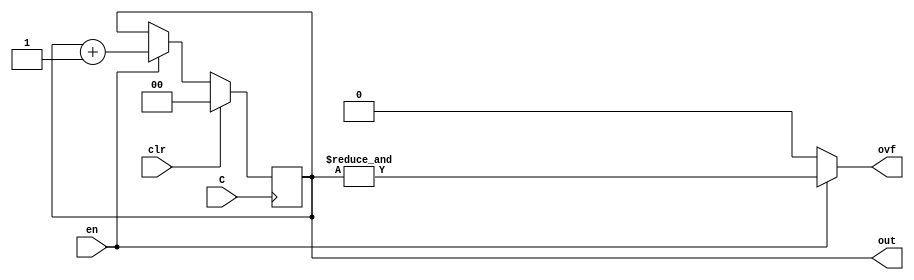
/*
 * Generated by Digital. Don't modify this file!
 * Any changes will be lost if this file is regenerated.
 */

module DIG_Counter_Nbit
#(
    parameter Bits = 2
)
(
    output [(Bits-1):0] out,
    output ovf,
    input C,
    input en,
    input clr
);
    reg [(Bits-1):0] count;

    always @ (posedge C) begin
        if (clr)
          count <= 'h0;
        else if (en)
          count <= count + 1'b1;
    end

    assign out = count;
    assign ovf = en? &count : 1'b0;

    initial begin
        count = 'h0;
    end
endmodule


// Compara dois nmeros de 12 bits e indica se so iguais
module compara (
  input [11:0] A,
  input [11:0] B,
  output \= 
);
  wire [11:0] s0;
  wire [5:0] s1;
  wire [5:0] s2;
  assign s0 = (A ^ B);
  assign s1 = s0[5:0];
  assign s2 = s0[11:6];
  assign \=  = ~ (s1[0] | s1[1] | s1[2] | s1[3] | s1[4] | s1[5] | s2[0] | s2[1] | s2[2] | s2[3] | s2[4] | s2[5]);
endmodule

module DIG_Register
(
    input C,
    input en,
    input D,
    output Q
);

    reg  state = 'h0;

    assign Q = state;

    always @ (posedge C) begin
        if (en)
            state <= D;
   end
endmodule

// Este bloco gera uma contagem e dois sinais auxiliares que dividem
// a contagem em 4 regioes. O que esta sendo contado eh controlado por
// um sinal "conta" que pode ficar sempre em 1 se for desejado contar
// diretamente ciclos de relogio.
// 
// mostra:  ----------------------------------______________________---
// sinc:    _________________________________________----------________
//       4  |             1                  |  2    |    3    | 4  |  1
// 
// 1) ATIVO
// 2) PRESINC
// 3) LARGURASINC
// 4) POSSINC
// 
// A contagem comeca em zero no  inicio da regiao ativa e deve ser menor
// que o valor maximo do contador (4095 com 12 bits) ateh o fim da regiao 4
module temporiza (
  input relogio,
  input conta,
  input inicializa,
  input [11:0] upix, // indica que este  o ltimo pixel visivel ou
                     // a ltima linha visvel
  input [11:0] inisinc, // indica que o pulso de sincronizao deve iniciar
  input [11:0] fimsinc, // indica que o pulso de sincronizao deve terminar
  input [11:0] fimcont, // inidica que este  a ltima contagem antes de voltar para zero
  output [11:0] contagem,
  output fim,
  output mostra,
  output sinc
);
  wire [11:0] contagem_temp;
  wire fim_temp;
  wire s0;
  wire s1;
  wire s2;
  wire s3;
  wire s4;
  wire s5;
  DIG_Counter_Nbit #(
    .Bits(12)
  )
  DIG_Counter_Nbit_i0 (
    .en( conta ),
    .C( relogio ),
    .clr( s0 ),
    .out( contagem_temp )
  );
  compara compara_i1 (
    .A( contagem_temp ),
    .B( upix ),
    .\= ( s1 )
  );
  compara compara_i2 (
    .A( contagem_temp ),
    .B( inisinc ),
    .\= ( s2 )
  );
  compara compara_i3 (
    .A( contagem_temp ),
    .B( fimsinc ),
    .\= ( s3 )
  );
  compara compara_i4 (
    .A( contagem_temp ),
    .B( fimcont ),
    .\= ( fim_temp )
  );
  assign s0 = ((fim_temp & conta) | inicializa);
  DIG_Register DIG_Register_i5 (
    .D( fim_temp ),
    .C( relogio ),
    .en( s4 ),
    .Q( mostra )
  );
  DIG_Register DIG_Register_i6 (
    .D( s2 ),
    .C( relogio ),
    .en( s5 ),
    .Q( sinc )
  );
  assign s4 = (s1 | fim_temp);
  assign s5 = (s2 | s3);
  assign contagem = contagem_temp;
  assign fim = fim_temp;
endmodule
module DIG_D_FF_1bit
#(
    parameter Default = 0
)
(
   input D,
   input C,
   output Q,
   output \~Q
);
    reg state;

    assign Q = state;
    assign \~Q = ~state;

    always @ (posedge C) begin
        state <= D;
    end

    initial begin
        state = Default;
    end
endmodule


module DIG_Register_BUS #(
    parameter Bits = 1
)
(
    input C,
    input en,
    input [(Bits - 1):0]D,
    output [(Bits - 1):0]Q
);

    reg [(Bits - 1):0] state = 'h0;

    assign Q = state;

    always @ (posedge C) begin
        if (en)
            state <= D;
   end
endmodule

module CompUnsigned #(
    parameter Bits = 1
)
(
    input [(Bits -1):0] a,
    input [(Bits -1):0] b,
    output \> ,
    output \= ,
    output \<
);
    assign \> = a > b;
    assign \= = a == b;
    assign \< = a < b;
endmodule

module DIG_Add
#(
    parameter Bits = 1
)
(
    input [(Bits-1):0] a,
    input [(Bits-1):0] b,
    input c_i,
    output [(Bits - 1):0] s,
    output c_o
);
   wire [Bits:0] temp;

   assign temp = a + b + c_i;
   assign s = temp [(Bits-1):0];
   assign c_o = temp[Bits];
endmodule



module DIG_Sub #(
    parameter Bits = 2
)
(
    input [(Bits-1):0] a,
    input [(Bits-1):0] b,
    input c_i,
    output [(Bits-1):0] s,
    output c_o
);
    wire [Bits:0] temp;

    assign temp = a - b - c_i;
    assign s = temp[(Bits-1):0];
    assign c_o = temp[Bits];
endmodule


module Mux_4x1_NBits #(
    parameter Bits = 2
)
(
    input [1:0] sel,
    input [(Bits - 1):0] in_0,
    input [(Bits - 1):0] in_1,
    input [(Bits - 1):0] in_2,
    input [(Bits - 1):0] in_3,
    output reg [(Bits - 1):0] out
);
    always @ (*) begin
        case (sel)
            2'h0: out = in_0;
            2'h1: out = in_1;
            2'h2: out = in_2;
            2'h3: out = in_3;
            default:
                out = 'h0;
        endcase
    end
endmodule


module raquete (
  input relogio,
  input inicializa,
  input move,
  input sobe,
  input desce,
  output [11:0] y
);
  wire [11:0] y_temp;
  wire [11:0] s0;
  wire s1;
  wire s2;
  wire s3;
  wire [1:0] s4;
  wire [11:0] s5;
  wire [11:0] s6;
  assign s1 = (inicializa | move);
  // posicao
  DIG_Register_BUS #(
    .Bits(12)
  )
  DIG_Register_BUS_i0 (
    .D( s0 ),
    .C( relogio ),
    .en( s1 ),
    .Q( y_temp )
  );
  assign s4[0] = (inicializa | (sobe & s2));
  assign s4[1] = (inicializa | (desce & s3));
  CompUnsigned #(
    .Bits(12)
  )
  CompUnsigned_i1 (
    .a( y_temp ),
    .b( 12'b101000 ),
    .\> ( s2 )
  );
  CompUnsigned #(
    .Bits(12)
  )
  CompUnsigned_i2 (
    .a( y_temp ),
    .b( 12'b110111000 ),
    .\< ( s3 )
  );
  DIG_Add #(
    .Bits(12)
  )
  DIG_Add_i3 (
    .a( y_temp ),
    .b( 12'b10 ),
    .c_i( 1'b0 ),
    .s( s6 )
  );
  DIG_Sub #(
    .Bits(12)
  )
  DIG_Sub_i4 (
    .a( y_temp ),
    .b( 12'b10 ),
    .c_i( 1'b0 ),
    .s( s5 )
  );
  Mux_4x1_NBits #(
    .Bits(12)
  )
  Mux_4x1_NBits_i5 (
    .sel( s4 ),
    .in_0( y_temp ),
    .in_1( s5 ),
    .in_2( s6 ),
    .in_3( 12'b11110000 ),
    .out( s0 )
  );
  assign y = y_temp;
endmodule

// Flip flop mais bsico, que pode ligar ou desligar a sada
module ffsr (
  input S, // liga Q
  input R, // desliga Q
  output Q,
  output \~Q 
);
  wire Q_temp;
  wire \~Q_temp ;
  assign Q_temp = ~ (R | \~Q_temp );
  assign \~Q_temp  = ~ (Q_temp | S);
  assign Q = Q_temp;
  assign \~Q  = \~Q_temp ;
endmodule

module placar (
  input relogio,
  input inicializa,
  input conta,
  output [3:0] digito1,
  output [3:0] digito10
);
  wire [3:0] digito1_temp;
  wire s0;
  DIG_Counter_Nbit #(
    .Bits(4)
  )
  DIG_Counter_Nbit_i0 (
    .en( s0 ),
    .C( relogio ),
    .clr( inicializa ),
    .out( digito10 )
  );
  DIG_Counter_Nbit #(
    .Bits(4)
  )
  DIG_Counter_Nbit_i1 (
    .en( conta ),
    .C( relogio ),
    .clr( s0 ),
    .out( digito1_temp )
  );
  assign s0 = (digito1_temp[0] & ~ digito1_temp[1] & ~ digito1_temp[2] & digito1_temp[3] & conta);
  assign digito1 = digito1_temp;
endmodule

module Mux_2x1_NBits #(
    parameter Bits = 2
)
(
    input [0:0] sel,
    input [(Bits - 1):0] in_0,
    input [(Bits - 1):0] in_1,
    output reg [(Bits - 1):0] out
);
    always @ (*) begin
        case (sel)
            1'h0: out = in_0;
            1'h1: out = in_1;
            default:
                out = 'h0;
        endcase
    end
endmodule


module DIG_Neg #(
    parameter Bits = 1
)
(
      input signed [(Bits-1):0] in,
      output signed [(Bits-1):0] out
);
    assign out = -in;
endmodule


module bola1d (
  input relogio,
  input inicializa,
  input move,
  input [11:0] centro,
  input volta,
  input reflete,
  input sobe,
  input desce,
  output [11:0] posicao,
  output dir
);
  wire [11:0] posicao_temp;
  wire [11:0] s0;
  wire s1;
  wire [11:0] s2;
  wire [11:0] s3;
  wire [11:0] s4;
  wire [11:0] s5;
  wire [1:0] s6;
  wire [11:0] s7;
  wire [11:0] s8;
  wire s9;
  wire [11:0] s10;
  assign s1 = (inicializa | move);
  assign s9 = (volta | inicializa);
  assign s6[0] = (desce | s9);
  assign s6[1] = (sobe | s9);
  // posicao
  DIG_Register_BUS #(
    .Bits(12)
  )
  DIG_Register_BUS_i0 (
    .D( s0 ),
    .C( relogio ),
    .en( s1 ),
    .Q( posicao_temp )
  );
  // velocidade
  DIG_Register_BUS #(
    .Bits(12)
  )
  DIG_Register_BUS_i1 (
    .D( s2 ),
    .C( relogio ),
    .en( s1 ),
    .Q( s3 )
  );
  Mux_2x1_NBits #(
    .Bits(12)
  )
  Mux_2x1_NBits_i2 (
    .sel( reflete ),
    .in_0( s3 ),
    .in_1( s4 ),
    .out( s5 )
  );
  Mux_4x1_NBits #(
    .Bits(12)
  )
  Mux_4x1_NBits_i3 (
    .sel( s6 ),
    .in_0( s5 ),
    .in_1( s7 ),
    .in_2( s8 ),
    .in_3( 12'b111111111111 ),
    .out( s2 )
  );
  Mux_2x1_NBits #(
    .Bits(12)
  )
  Mux_2x1_NBits_i4 (
    .sel( s9 ),
    .in_0( s10 ),
    .in_1( centro ),
    .out( s0 )
  );
  DIG_Neg #(
    .Bits(12)
  )
  DIG_Neg_i5 (
    .in( s3 ),
    .out( s4 )
  );
  DIG_Add #(
    .Bits(12)
  )
  DIG_Add_i6 (
    .a( s5 ),
    .b( 12'b1 ),
    .c_i( 1'b0 ),
    .s( s7 )
  );
  DIG_Sub #(
    .Bits(12)
  )
  DIG_Sub_i7 (
    .a( s5 ),
    .b( 12'b1 ),
    .c_i( 1'b0 ),
    .s( s8 )
  );
  DIG_Add #(
    .Bits(12)
  )
  DIG_Add_i8 (
    .a( posicao_temp ),
    .b( s2 ),
    .c_i( 1'b0 ),
    .s( s10 )
  );
  assign dir = s3[11];
  assign posicao = posicao_temp;
endmodule

// Todo o estado que representa o jogo (placares, posicoes dos jogadores
// e posicao da bola) eh modificado neste bloco de acordo com os
// sinais vindo da entrada. Este pode ser um circuito muito lento jah
// que nao adianta modificar o estado mais que uma vez por imagem de
// video, que eh atualizado umas 60 vezes por segundo
module jogo (
  input relogio,
  input inicializa,
  input vs,
  input sobe1,
  input desce1,
  input sobe2,
  input desce2,
  input colj1,
  input colj2,
  output [11:0] bolax,
  output [11:0] bolay,
  output [11:0] j1y,
  output [11:0] j2y,
  output [3:0] digito1,
  output [3:0] digito10,
  output [3:0] digito2,
  output [3:0] digito20
);
  wire [11:0] bolax_temp;
  wire [11:0] bolay_temp;
  wire s0;
  wire s1;
  wire s2;
  wire s3;
  wire s4;
  wire s5;
  wire s6;
  wire s7;
  wire rebate;
  wire xdir;
  wire s8;
  wire s9;
  wire s10;
  wire s11;
  wire s12;
  wire s13;
  wire s14;
  DIG_D_FF_1bit #(
    .Default(0)
  )
  DIG_D_FF_1bit_i0 (
    .D( vs ),
    .C( relogio ),
    .\~Q ( s0 )
  );
  assign s1 = (vs & s0);
  assign s8 = ~ (s0 | vs);
  raquete raquete_i1 (
    .relogio( relogio ),
    .inicializa( inicializa ),
    .move( s1 ),
    .sobe( sobe2 ),
    .desce( desce2 ),
    .y( j2y )
  );
  raquete raquete_i2 (
    .relogio( relogio ),
    .inicializa( inicializa ),
    .move( s1 ),
    .sobe( sobe1 ),
    .desce( desce1 ),
    .y( j1y )
  );
  ffsr ffsr_i3 (
    .S( colj1 ),
    .R( s8 ),
    .Q( s13 )
  );
  ffsr ffsr_i4 (
    .S( colj2 ),
    .R( s8 ),
    .Q( s14 )
  );
  placar placar_i5 (
    .relogio( relogio ),
    .inicializa( inicializa ),
    .conta( s2 ),
    .digito1( digito1 ),
    .digito10( digito10 )
  );
  placar placar_i6 (
    .relogio( relogio ),
    .inicializa( inicializa ),
    .conta( s3 ),
    .digito1( digito2 ),
    .digito10( digito20 )
  );
  // vertical
  bola1d bola1d_i7 (
    .relogio( relogio ),
    .inicializa( inicializa ),
    .move( s1 ),
    .centro( 12'b11110000 ),
    .volta( s4 ),
    .reflete( s5 ),
    .sobe( s6 ),
    .desce( s7 ),
    .posicao( bolay_temp )
  );
  // horizontal
  bola1d bola1d_i8 (
    .relogio( relogio ),
    .inicializa( inicializa ),
    .move( s1 ),
    .centro( 12'b101000000 ),
    .volta( s4 ),
    .reflete( rebate ),
    .sobe( 1'b0 ),
    .desce( 1'b0 ),
    .posicao( bolax_temp ),
    .dir( xdir )
  );
  assign rebate = ((s13 & xdir) | (s14 & ~ xdir));
  assign s2 = (s10 & s1);
  assign s3 = (s9 & s1);
  assign s7 = (rebate & ((s14 & desce2) | (s13 & desce1)));
  assign s6 = (rebate & ((s14 & sobe2) | (s13 & sobe1)));
  CompUnsigned #(
    .Bits(12)
  )
  CompUnsigned_i9 (
    .a( bolax_temp ),
    .b( 12'b1000 ),
    .\< ( s9 )
  );
  CompUnsigned #(
    .Bits(12)
  )
  CompUnsigned_i10 (
    .a( bolax_temp ),
    .b( 12'b1001111000 ),
    .\> ( s10 )
  );
  CompUnsigned #(
    .Bits(12)
  )
  CompUnsigned_i11 (
    .a( bolay_temp ),
    .b( 12'b1000 ),
    .\< ( s11 )
  );
  CompUnsigned #(
    .Bits(12)
  )
  CompUnsigned_i12 (
    .a( bolay_temp ),
    .b( 12'b111011000 ),
    .\> ( s12 )
  );
  assign s5 = (s11 | s12);
  assign s4 = (s9 | s10);
  assign bolax = bolax_temp;
  assign bolay = bolay_temp;
endmodule
module DIG_ROM_16X7_hex2seg (
    input [3:0] A,
    input sel,
    output reg [6:0] D
);
    reg [6:0] my_rom [0:15];

    always @ (*) begin
        if (~sel)
            D = 7'hz;
        else
            D = my_rom[A];
    end

    initial begin
        my_rom[0] = 7'h3f;
        my_rom[1] = 7'h6;
        my_rom[2] = 7'h5b;
        my_rom[3] = 7'h4f;
        my_rom[4] = 7'h66;
        my_rom[5] = 7'h6d;
        my_rom[6] = 7'h7d;
        my_rom[7] = 7'h7;
        my_rom[8] = 7'h7f;
        my_rom[9] = 7'h6f;
        my_rom[10] = 7'h77;
        my_rom[11] = 7'h7c;
        my_rom[12] = 7'h39;
        my_rom[13] = 7'h5e;
        my_rom[14] = 7'h79;
        my_rom[15] = 7'h71;
    end
endmodule


module retangulo (
  input [11:0] x, // posicao horizontal do feixe
  input [11:0] y, // posicao vertical do feixe
  input [11:0] xmin, // lado esquerdo
  input [11:0] xmax, // lado direito
  input [11:0] ymin, // lado de cima
  input [11:0] ymax, // lado de baixo
  output r //  1 quando o feixe est dentro do retangulo indicado

);
  wire s0;
  wire s1;
  wire s2;
  wire s3;
  CompUnsigned #(
    .Bits(12)
  )
  CompUnsigned_i0 (
    .a( x ),
    .b( xmin ),
    .\< ( s0 )
  );
  CompUnsigned #(
    .Bits(12)
  )
  CompUnsigned_i1 (
    .a( x ),
    .b( xmax ),
    .\> ( s1 )
  );
  CompUnsigned #(
    .Bits(12)
  )
  CompUnsigned_i2 (
    .a( y ),
    .b( ymin ),
    .\< ( s2 )
  );
  CompUnsigned #(
    .Bits(12)
  )
  CompUnsigned_i3 (
    .a( y ),
    .b( ymax ),
    .\> ( s3 )
  );
  assign r = ~ (s0 | s1 | s2 | s3);
endmodule

module digito (
  input [11:0] x,
  input [11:0] y,
  input [3:0] digito,
  input [4:0] pos,
  output caracter
);
  wire [11:0] x1;
  wire [11:0] x4;
  wire s0;
  wire [11:0] x2;
  wire s1;
  wire [11:0] x3;
  wire s2;
  wire s3;
  wire s4;
  wire s5;
  wire s6;
  wire [6:0] s7;
  // hex2seg
  DIG_ROM_16X7_hex2seg DIG_ROM_16X7_hex2seg_i0 (
    .A( digito ),
    .sel( 1'b1 ),
    .D( s7 )
  );
  assign x1[4:0] = 5'b0;
  assign x1[9:5] = pos;
  assign x1[11:10] = 2'b0;
  assign x2[4:0] = 5'b101;
  assign x2[9:5] = pos;
  assign x2[11:10] = 2'b0;
  assign x3[4:0] = 5'b1010;
  assign x3[9:5] = pos;
  assign x3[11:10] = 2'b0;
  assign x4[4:0] = 5'b1111;
  assign x4[9:5] = pos;
  assign x4[11:10] = 2'b0;
  // 0
  retangulo retangulo_i1 (
    .x( x ),
    .y( y ),
    .xmin( x1 ),
    .xmax( x4 ),
    .ymin( 12'b11110 ),
    .ymax( 12'b100011 ),
    .r( s0 )
  );
  // 5
  retangulo retangulo_i2 (
    .x( x ),
    .y( y ),
    .xmin( x1 ),
    .xmax( x2 ),
    .ymin( 12'b11110 ),
    .ymax( 12'b101101 ),
    .r( s1 )
  );
  // 1
  retangulo retangulo_i3 (
    .x( x ),
    .y( y ),
    .xmin( x3 ),
    .xmax( x4 ),
    .ymin( 12'b11110 ),
    .ymax( 12'b101101 ),
    .r( s2 )
  );
  // 6
  retangulo retangulo_i4 (
    .x( x ),
    .y( y ),
    .xmin( x1 ),
    .xmax( x4 ),
    .ymin( 12'b101000 ),
    .ymax( 12'b101101 ),
    .r( s3 )
  );
  // 4
  retangulo retangulo_i5 (
    .x( x ),
    .y( y ),
    .xmin( x1 ),
    .xmax( x2 ),
    .ymin( 12'b101000 ),
    .ymax( 12'b110111 ),
    .r( s4 )
  );
  // 2
  retangulo retangulo_i6 (
    .x( x ),
    .y( y ),
    .xmin( x3 ),
    .xmax( x4 ),
    .ymin( 12'b101000 ),
    .ymax( 12'b110111 ),
    .r( s5 )
  );
  // 3
  retangulo retangulo_i7 (
    .x( x ),
    .y( y ),
    .xmin( x1 ),
    .xmax( x4 ),
    .ymin( 12'b110010 ),
    .ymax( 12'b110111 ),
    .r( s6 )
  );
  assign caracter = ((s0 & s7[0]) | (s2 & s7[1]) | (s5 & s7[2]) | (s6 & s7[3]) | (s4 & s7[4]) | (s1 & s7[5]) | (s3 & s7[6]));
endmodule

// Este bloco transforma o estado do jogo numa imagem visivel na tela usando
// a informacao das coordenadas x e y do ponto que esta sendo desenhado na
// tela neste instante.
module pintor (
  input [11:0] x,
  input [11:0] y,
  input [11:0] bx,
  input [11:0] by,
  input [11:0] j1y,
  input [11:0] j2y,
  input [3:0] digito1,
  input [3:0] digito10,
  input [3:0] digito2,
  input [3:0] digito20,
  output borda,
  output placar2,
  output jogador2,
  output placar1,
  output jogador1,
  output bola
);
  wire s0;
  wire s1;
  wire s2;
  wire s3;
  wire [11:0] s4;
  wire [11:0] s5;
  wire [11:0] s6;
  wire [11:0] s7;
  wire [11:0] s8;
  wire [11:0] s9;
  wire [11:0] s10;
  wire [11:0] s11;
  wire s12;
  wire s13;
  wire s14;
  digito digito_i0 (
    .x( x ),
    .y( y ),
    .digito( digito1 ),
    .pos( 5'b110 ),
    .caracter( s0 )
  );
  digito digito_i1 (
    .x( x ),
    .y( y ),
    .digito( digito10 ),
    .pos( 5'b101 ),
    .caracter( s1 )
  );
  digito digito_i2 (
    .x( x ),
    .y( y ),
    .digito( digito2 ),
    .pos( 5'b1111 ),
    .caracter( s2 )
  );
  digito digito_i3 (
    .x( x ),
    .y( y ),
    .digito( digito20 ),
    .pos( 5'b1110 ),
    .caracter( s3 )
  );
  DIG_Add #(
    .Bits(12)
  )
  DIG_Add_i4 (
    .a( bx ),
    .b( 12'b110 ),
    .c_i( 1'b0 ),
    .s( s5 )
  );
  DIG_Sub #(
    .Bits(12)
  )
  DIG_Sub_i5 (
    .a( bx ),
    .b( 12'b110 ),
    .c_i( 1'b0 ),
    .s( s4 )
  );
  DIG_Add #(
    .Bits(12)
  )
  DIG_Add_i6 (
    .a( by ),
    .b( 12'b110 ),
    .c_i( 1'b0 ),
    .s( s7 )
  );
  DIG_Sub #(
    .Bits(12)
  )
  DIG_Sub_i7 (
    .a( by ),
    .b( 12'b110 ),
    .c_i( 1'b0 ),
    .s( s6 )
  );
  DIG_Add #(
    .Bits(12)
  )
  DIG_Add_i8 (
    .a( j1y ),
    .b( 12'b101000 ),
    .c_i( 1'b0 ),
    .s( s9 )
  );
  DIG_Sub #(
    .Bits(12)
  )
  DIG_Sub_i9 (
    .a( j1y ),
    .b( 12'b101000 ),
    .c_i( 1'b0 ),
    .s( s8 )
  );
  DIG_Add #(
    .Bits(12)
  )
  DIG_Add_i10 (
    .a( j2y ),
    .b( 12'b101000 ),
    .c_i( 1'b0 ),
    .s( s11 )
  );
  DIG_Sub #(
    .Bits(12)
  )
  DIG_Sub_i11 (
    .a( j2y ),
    .b( 12'b101000 ),
    .c_i( 1'b0 ),
    .s( s10 )
  );
  retangulo retangulo_i12 (
    .x( x ),
    .y( y ),
    .xmin( 12'b100111100 ),
    .xmax( 12'b101000100 ),
    .ymin( 12'b1 ),
    .ymax( 12'b111011110 ),
    .r( s12 )
  );
  CompUnsigned #(
    .Bits(12)
  )
  CompUnsigned_i13 (
    .a( y ),
    .b( 12'b1000 ),
    .\< ( s13 )
  );
  CompUnsigned #(
    .Bits(12)
  )
  CompUnsigned_i14 (
    .a( y ),
    .b( 12'b111011000 ),
    .\> ( s14 )
  );
  assign placar1 = (s0 | s1);
  assign placar2 = (s2 | s3);
  retangulo retangulo_i15 (
    .x( x ),
    .y( y ),
    .xmin( s4 ),
    .xmax( s5 ),
    .ymin( s6 ),
    .ymax( s7 ),
    .r( bola )
  );
  retangulo retangulo_i16 (
    .x( x ),
    .y( y ),
    .xmin( 12'b100000 ),
    .xmax( 12'b101110 ),
    .ymin( s8 ),
    .ymax( s9 ),
    .r( jogador1 )
  );
  retangulo retangulo_i17 (
    .x( x ),
    .y( y ),
    .xmin( 12'b1001010010 ),
    .xmax( 12'b1001100000 ),
    .ymin( s10 ),
    .ymax( s11 ),
    .r( jogador2 )
  );
  assign borda = (s13 | s12 | s14);
endmodule
module PriorityEncoder3 (
    input in0,
    input in1,
    input in2,
    input in3,
    input in4,
    input in5,
    input in6,
    input in7,
    output reg [2:0] num,
    output any
);
    always @ (*) begin
        if (in7 == 1'b1)
            num = 3'h7;
        else if (in6 == 1'b1)
            num = 3'h6;
        else if (in5 == 1'b1)
            num = 3'h5;
        else if (in4 == 1'b1)
            num = 3'h4;
        else if (in3 == 1'b1)
            num = 3'h3;
        else if (in2 == 1'b1)
            num = 3'h2;
        else if (in1 == 1'b1)
            num = 3'h1;
        else 
            num = 3'h0;
    end

    assign any = in0 | in1 | in2 | in3 | in4 | in5 | in6 | in7;
endmodule


module Mux_8x1_NBits #(
    parameter Bits = 2
)
(
    input [2:0] sel,
    input [(Bits - 1):0] in_0,
    input [(Bits - 1):0] in_1,
    input [(Bits - 1):0] in_2,
    input [(Bits - 1):0] in_3,
    input [(Bits - 1):0] in_4,
    input [(Bits - 1):0] in_5,
    input [(Bits - 1):0] in_6,
    input [(Bits - 1):0] in_7,
    output reg [(Bits - 1):0] out
);
    always @ (*) begin
        case (sel)
            3'h0: out = in_0;
            3'h1: out = in_1;
            3'h2: out = in_2;
            3'h3: out = in_3;
            3'h4: out = in_4;
            3'h5: out = in_5;
            3'h6: out = in_6;
            3'h7: out = in_7;
            default:
                out = 'h0;
        endcase
    end
endmodule


// Isto  a mesma coisa que pong.dig mas com pinos de entrada e sada no
// padro Shin JAMMA mais um pino extra de relgio de pixel. Este pino 
// necessrio se fora simulado no Digital com o adaptador Shin JAMMA. Mas
// o principal objetivo deste projeto  que seu Verilog exportado seja usado
// com adaptadores de placas de FPGA.
// 
// O relgio de 50 MHz  dividido por 2 para este circuito. No  a frequncia
// exata do VGA mas funciona em qualquer monitor.
module pong_sj (
  input p1start,
  input p1up,
  input p1down,
  input p2up,
  input p2down,
  input clock50MHz,
  output [7:0] red,
  output [7:0] green,
  output [7:0] blue,
  output hsync,
  output vsync,
  output pixelclk
);
  wire pixelclk_temp;
  wire [11:0] s0;
  wire s1;
  wire s2;
  wire s3;
  wire [11:0] s4;
  wire s5;
  wire s6;
  wire [23:0] s7;
  wire s8;
  wire s9;
  wire s10;
  wire s11;
  wire s12;
  wire s13;
  wire s14;
  wire [2:0] s15;
  wire [11:0] s16;
  wire [11:0] s17;
  wire [11:0] s18;
  wire [11:0] s19;
  wire [3:0] s20;
  wire [3:0] s21;
  wire [3:0] s22;
  wire [3:0] s23;
  wire s24;
  wire s25;
  // horizontal
  temporiza temporiza_i0 (
    .relogio( pixelclk_temp ),
    .conta( 1'b1 ),
    .inicializa( p1start ),
    .upix( 12'b1001111111 ),
    .inisinc( 12'b1010001111 ),
    .fimsinc( 12'b1011101111 ),
    .fimcont( 12'b1100011111 ),
    .contagem( s0 ),
    .fim( s1 ),
    .mostra( s2 ),
    .sinc( s3 )
  );
  // vertical
  temporiza temporiza_i1 (
    .relogio( pixelclk_temp ),
    .conta( s1 ),
    .inicializa( p1start ),
    .upix( 12'b111011111 ),
    .inisinc( 12'b111101001 ),
    .fimsinc( 12'b111101011 ),
    .fimcont( 12'b1000001100 ),
    .contagem( s4 ),
    .mostra( s5 ),
    .sinc( s6 )
  );
  jogo jogo_i2 (
    .relogio( pixelclk_temp ),
    .inicializa( p1start ),
    .vs( s6 ),
    .sobe1( p1up ),
    .desce1( p1down ),
    .sobe2( p2up ),
    .desce2( p2down ),
    .colj1( s24 ),
    .colj2( s25 ),
    .bolax( s16 ),
    .bolay( s17 ),
    .j1y( s18 ),
    .j2y( s19 ),
    .digito1( s20 ),
    .digito10( s21 ),
    .digito2( s22 ),
    .digito20( s23 )
  );
  DIG_D_FF_1bit #(
    .Default(0)
  )
  DIG_D_FF_1bit_i3 (
    .D( pixelclk_temp ),
    .C( clock50MHz ),
    .\~Q ( pixelclk_temp )
  );
  assign vsync = ~ s6;
  assign hsync = ~ s3;
  assign s14 = ~ (s5 & s2);
  pintor pintor_i4 (
    .x( s0 ),
    .y( s4 ),
    .bx( s16 ),
    .by( s17 ),
    .j1y( s18 ),
    .j2y( s19 ),
    .digito1( s20 ),
    .digito10( s21 ),
    .digito2( s22 ),
    .digito20( s23 ),
    .borda( s8 ),
    .placar2( s9 ),
    .jogador2( s10 ),
    .placar1( s11 ),
    .jogador1( s12 ),
    .bola( s13 )
  );
  PriorityEncoder3 PriorityEncoder3_i5 (
    .in0( 1'b1 ),
    .in1( s8 ),
    .in2( s9 ),
    .in3( s10 ),
    .in4( s11 ),
    .in5( s12 ),
    .in6( s13 ),
    .in7( s14 ),
    .num( s15 )
  );
  assign s24 = (s13 & s12);
  assign s25 = (s13 & s10);
  Mux_8x1_NBits #(
    .Bits(24)
  )
  Mux_8x1_NBits_i6 (
    .sel( s15 ),
    .in_0( 24'b1000000000000000 ),
    .in_1( 24'b111111111111000011111111 ),
    .in_2( 24'b111111110111111100000000 ),
    .in_3( 24'b111111110111111100000000 ),
    .in_4( 24'b111111111111111 ),
    .in_5( 24'b111111111111111 ),
    .in_6( 24'b1111111111111111 ),
    .in_7( 24'b0 ),
    .out( s7 )
  );
  assign red = s7[7:0];
  assign green = s7[15:8];
  assign blue = s7[23:16];
  assign pixelclk = pixelclk_temp;
endmodule